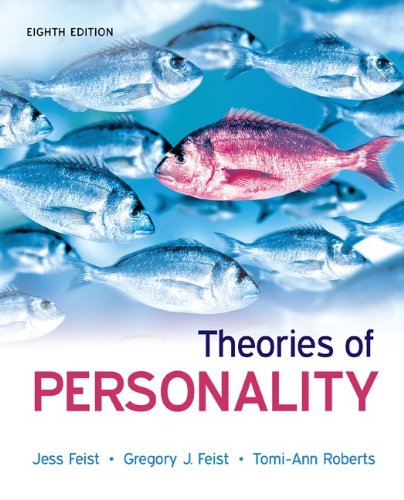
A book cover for Theories of Personality; Jess Feist; Health, Fitness & Dieting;